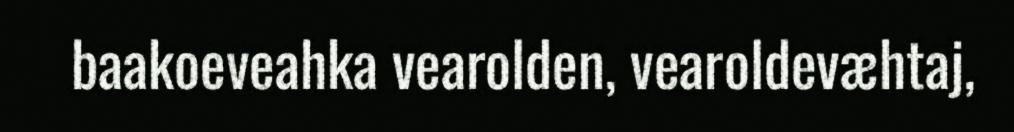
baakoeveahka vearolden, vearoldevæhtaj,